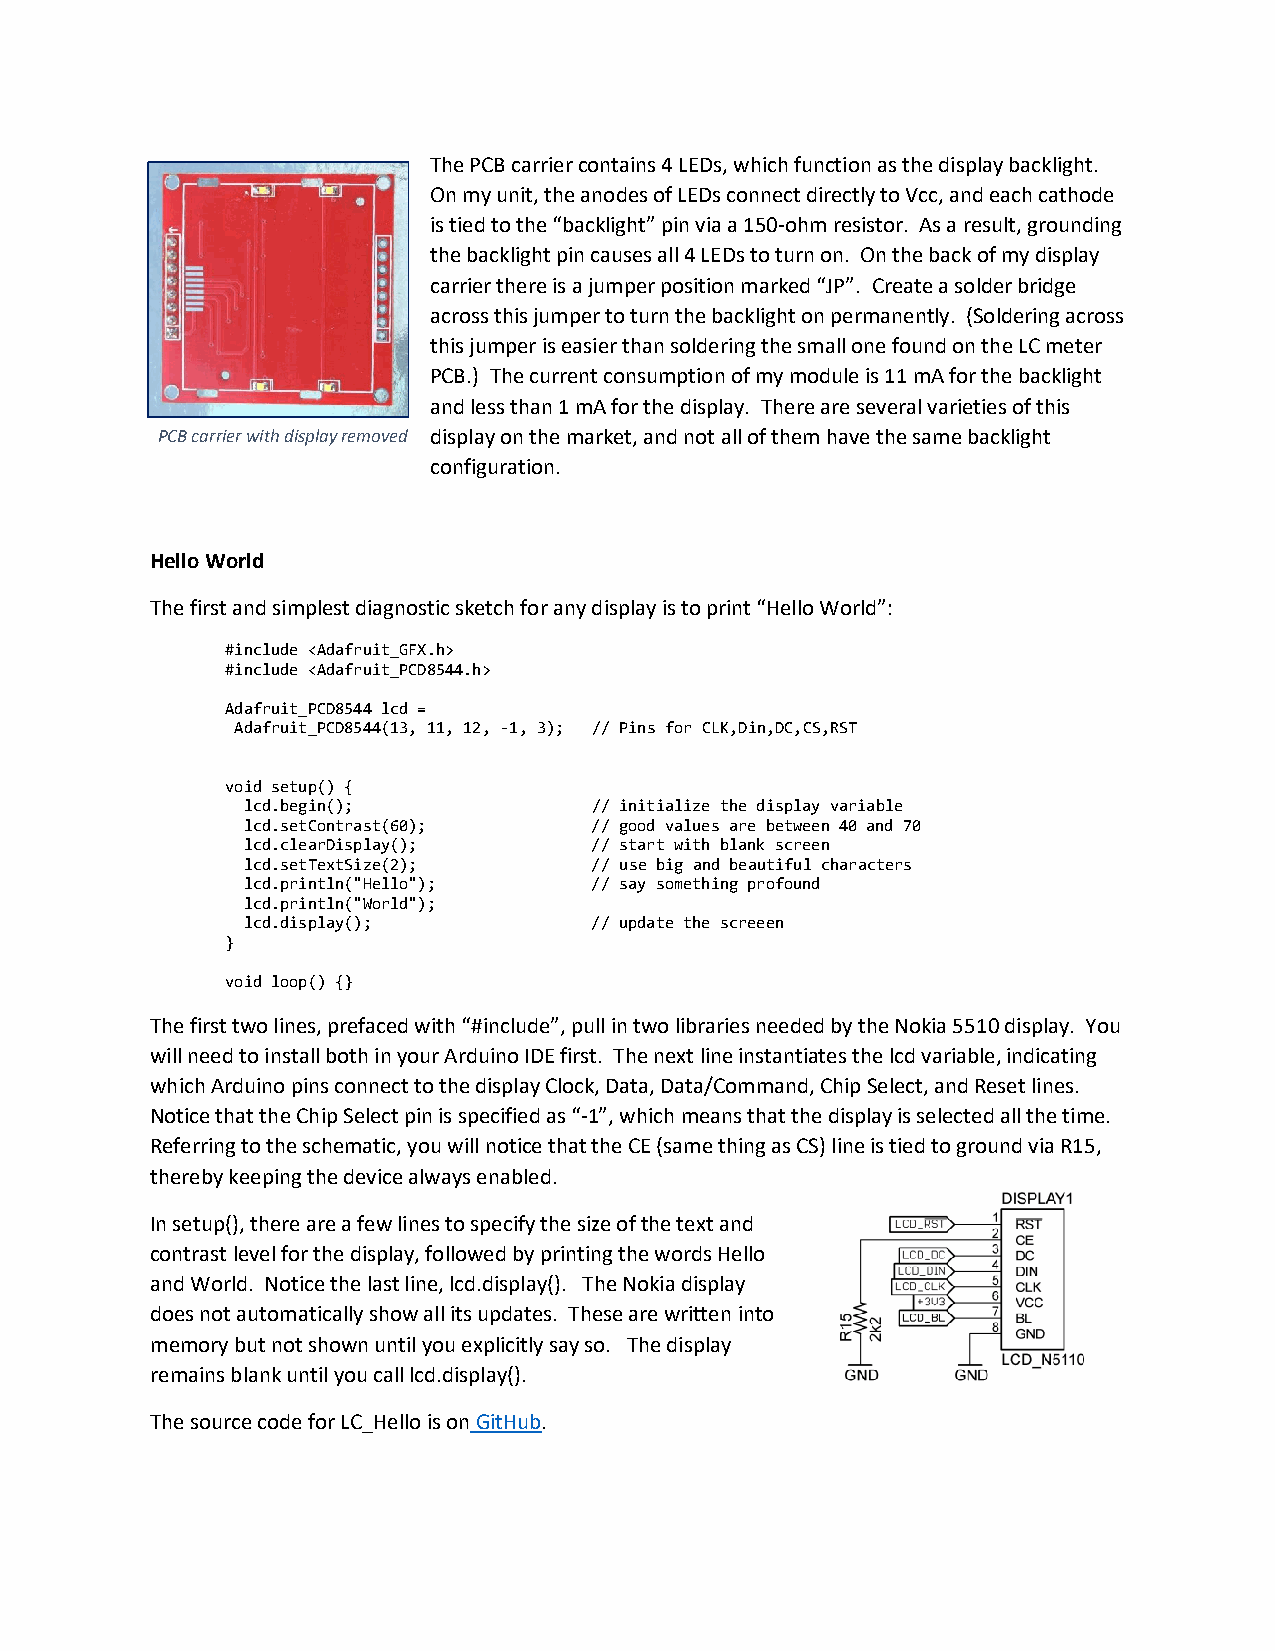
The PCB carrier contains 4 LEDs, which function as the display backlight.
 On my unit, the anodes of LEDs connect directly to Vcc, and each cathode
 is tied to the “backlight” pin via a 150-ohm resistor. As a result, grounding
 the backlight pin causes all 4 LEDs to turn on. On the back of my display
 carrier there is a jumper position marked “JP”. Create a solder bridge
 across this jumper to turn the backlight on permanently. (Soldering across
 this jumper is easier than soldering the small one found on the LC meter
 PCB.) The current consumption of my module is 11 mA for the backlight
 and less than 1 mA for the display. There are several varieties of this
 PCB carrier with display removed display on the market, and not all of them have the same backlight
 configuration.
 Hello World
 The first and simplest diagnostic sketch for any display is to print “Hello World”:
 #include <Adafruit_GFX.h>
 #include <Adafruit_PCD8544.h>
 Adafruit_PCD8544 lcd =
 Adafruit_PCD8544(13, 11, 12, -1, 3); // Pins for CLK,Din,DC,CS,RST
 void setup() {
 lcd.begin();           // initialize the display variable
 lcd.setContrast(60);   // good values are between 40 and 70
 lcd.clearDisplay();    // start with blank screen
 lcd.setTextSize(2);    // use big and beautiful characters
 lcd.println("Hello");  // say something profound
 lcd.println("World");
 lcd.display();         // update the screeen
 }
 void loop() {}
 The first two lines, prefaced with “#include”, pull in two libraries needed by the Nokia 5510 display. You
 will need to install both in your Arduino IDE first. The next line instantiates the lcd variable, indicating
 which Arduino pins connect to the display Clock, Data, Data/Command, Chip Select, and Reset lines.
 Notice that the Chip Select pin is specified as “-1”, which means that the display is selected all the time.
 Referring to the schematic, you will notice that the CE (same thing as CS) line is tied to ground via R15,
 thereby keeping the device always enabled.
 In setup(), there are a few lines to specify the size of the text and
 contrast level for the display, followed by printing the words Hello
 and World. Notice the last line, lcd.display(). The Nokia display
 does not automatically show all its updates. These are written into
 memory but not shown until you explicitly say so. The display
 remains blank until you call lcd.display().
 The source code for LC_Hello is on GitHub.